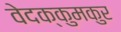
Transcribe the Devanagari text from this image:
वेदक्कुमकुर